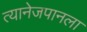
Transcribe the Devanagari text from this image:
त्यानेजपानला